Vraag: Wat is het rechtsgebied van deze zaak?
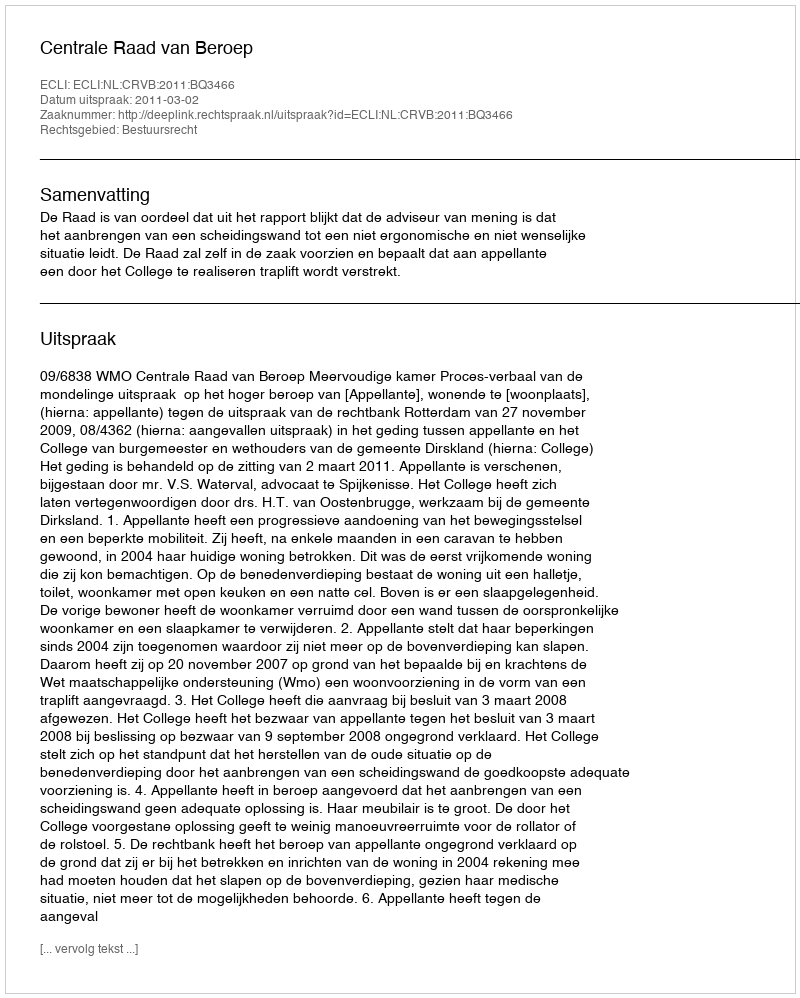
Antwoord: Bestuursrecht